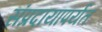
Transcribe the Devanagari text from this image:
संप्रदायापर्यंत